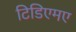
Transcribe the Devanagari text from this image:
टिडिएमए